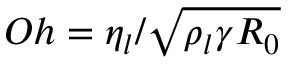
O h = \eta _ { l } / \sqrt { \rho _ { l } \gamma R _ { 0 } }